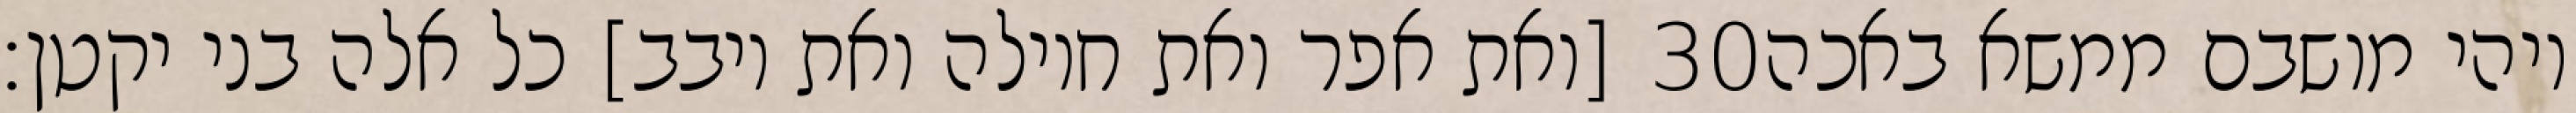
[ואת אפר ואת חוילה ואת יובב] כל אלה בני יקטן׃ ‎30‏ ויהי מושבם ממשא באכה